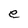
Character: e